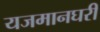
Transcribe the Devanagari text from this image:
यजमानघरी